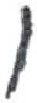
אות: ו